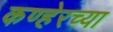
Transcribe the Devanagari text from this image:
कण्हेरच्या